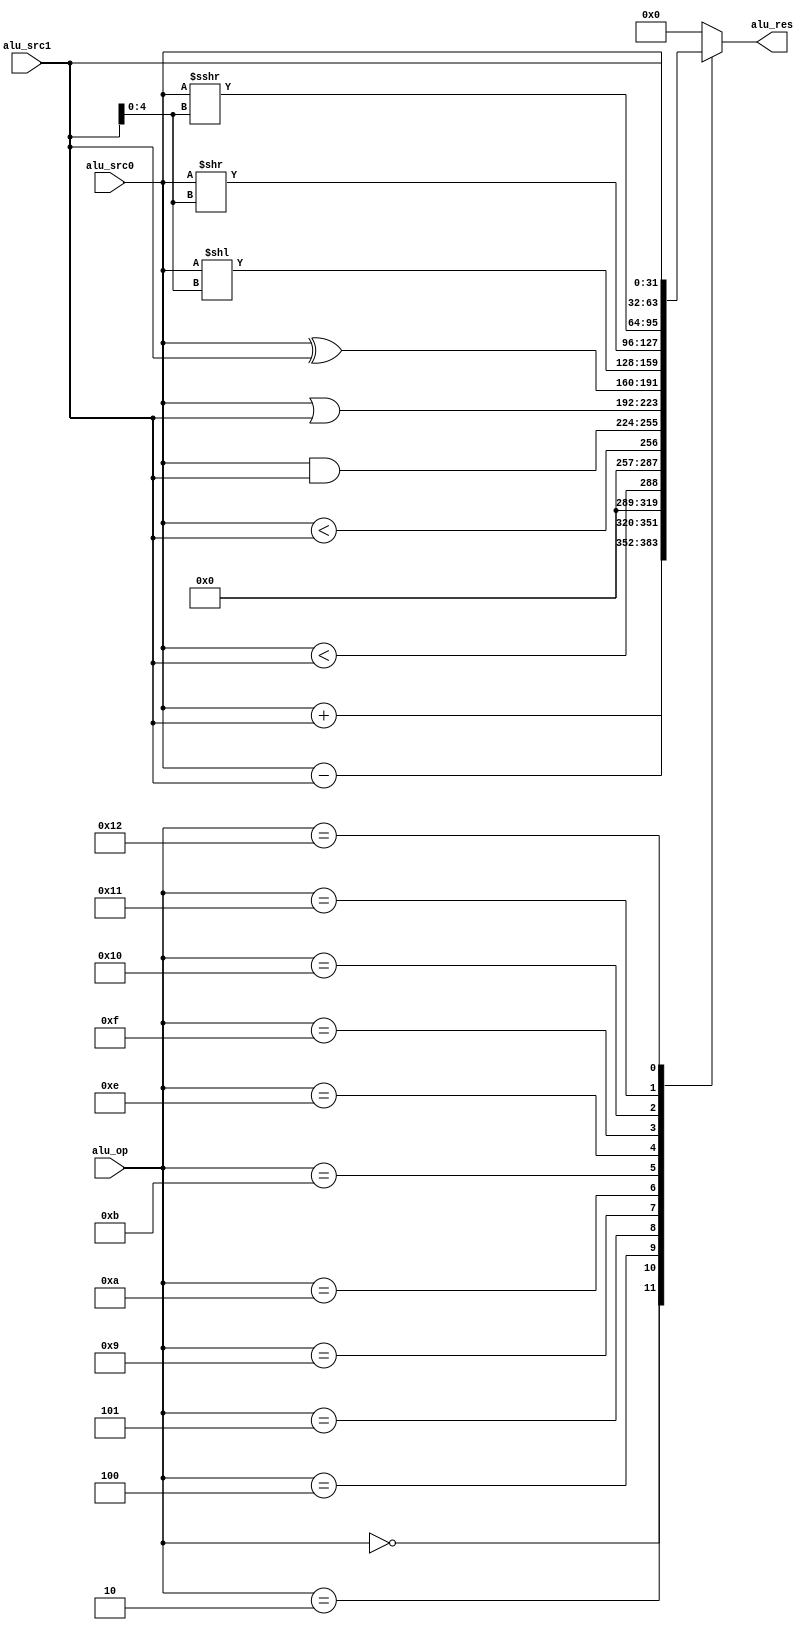
module ALU (
    input                   [31 : 0]            alu_src0,
    input                   [31 : 0]            alu_src1,
    input                   [ 4 : 0]            alu_op,

    output      reg         [31 : 0]            alu_res
);
`define ADD                 5'B00000    
`define SUB                 5'B00010   
`define SLT                 5'B00100
`define SLTU                5'B00101
`define AND                 5'B01001
`define OR                  5'B01010
`define XOR                 5'B01011
`define SLL                 5'B01110   
`define SRL                 5'B01111    
`define SRA                 5'B10000  
`define SRC0                5'B10001
`define SRC1                5'B10010

    always @(*) begin
        case(alu_op)
            `ADD:
                alu_res = alu_src0 + alu_src1;
            `SUB:
                alu_res = alu_src0 - alu_src1;
            `SLT:
                alu_res = ($signed(alu_src0) < $signed(alu_src1));
            `SLTU:
                alu_res = (alu_src0 < alu_src1);
            `AND:
                alu_res = alu_src0 & alu_src1;
            `OR:
                alu_res = alu_src0 | alu_src1;
            `XOR:
                alu_res = alu_src0 ^ alu_src1;
            `SLL:
                alu_res = alu_src0 << alu_src1[4:0];
            `SRL:
                alu_res = alu_src0 >> alu_src1[4:0];
            `SRA:
                alu_res = $signed(alu_src0) >>> alu_src1[4:0];
            `SRC0:
                alu_res = alu_src0;
            `SRC1:
                alu_res = alu_src1;
            default :
                alu_res = 32'H0;
        endcase
    end
endmodule